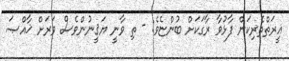
ޣީރަތްތެރިކަން ފާޅުވާ ރާގަކަށް ބުންޏެވެ: - ތި ވާނީ ޔަޤީނުންވެސް ވަރަށް ޚާއްޞަ